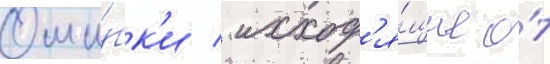
Оши́бк'и / исход'я́щие о́т